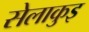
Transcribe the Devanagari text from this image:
सेलाकुइ